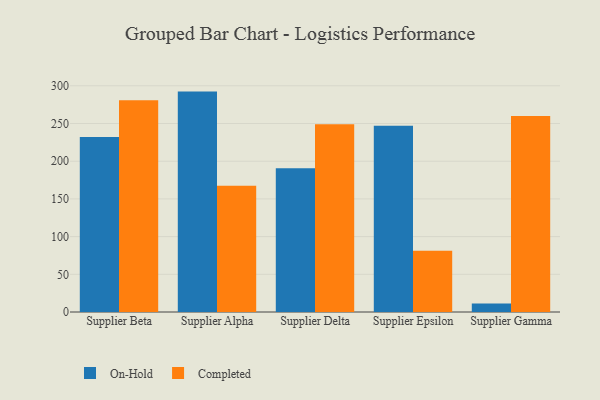
{"axis": {"x": "Supplier", "y": "Shipments"}, "legend": ["Completed", "On-Hold"], "data": [{"x": "Supplier Beta", "y": 232.1, "type": "On-Hold"}, {"x": "Supplier Beta", "y": 280.9, "type": "Completed"}, {"x": "Supplier Alpha", "y": 292.3, "type": "On-Hold"}, {"x": "Supplier Alpha", "y": 167.4, "type": "Completed"}, {"x": "Supplier Delta", "y": 190.8, "type": "On-Hold"}, {"x": "Supplier Delta", "y": 249.0, "type": "Completed"}, {"x": "Supplier Epsilon", "y": 246.9, "type": "On-Hold"}, {"x": "Supplier Epsilon", "y": 81.1, "type": "Completed"}, {"x": "Supplier Gamma", "y": 11.3, "type": "On-Hold"}, {"x": "Supplier Gamma", "y": 259.8, "type": "Completed"}]}